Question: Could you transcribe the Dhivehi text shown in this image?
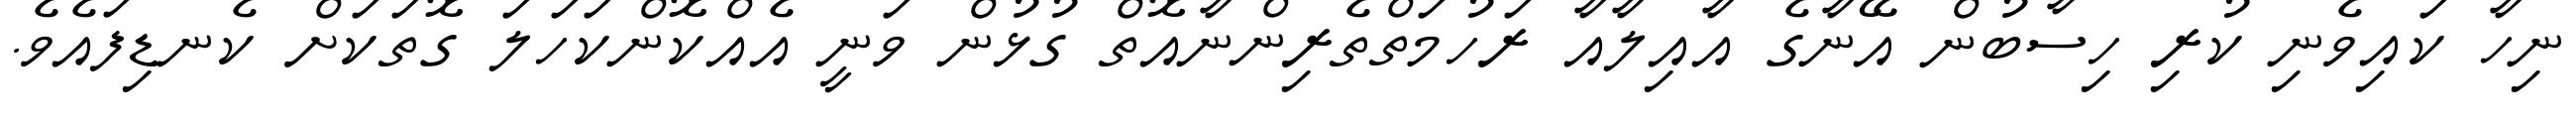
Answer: ނިހާ ކައިވެނި ކުރި ހިސާބުން އޭނާގެ އާއިލާއާ ރަހުމަތްތެރިންނާއޮތް ގުޅުން ވަނީ އެއްކޮންކަހަލަ ގޮތަކަށް ކެނޑިފައެވެ.